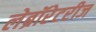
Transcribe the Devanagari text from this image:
लेब्रॉरेटरीज